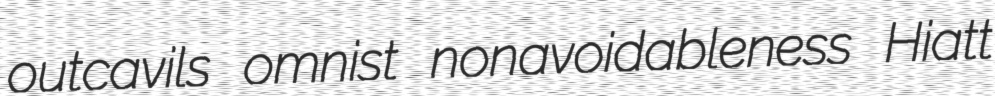
outcavils omnist nonavoidableness Hiatt